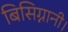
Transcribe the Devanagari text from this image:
बिसिग्नानी।